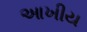
આખીય